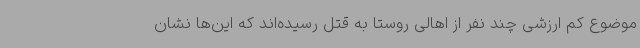
موضوع کم ارزشی چند نفر از اهالی روستا به قتل رسیده‌اند که این‌ها نشان